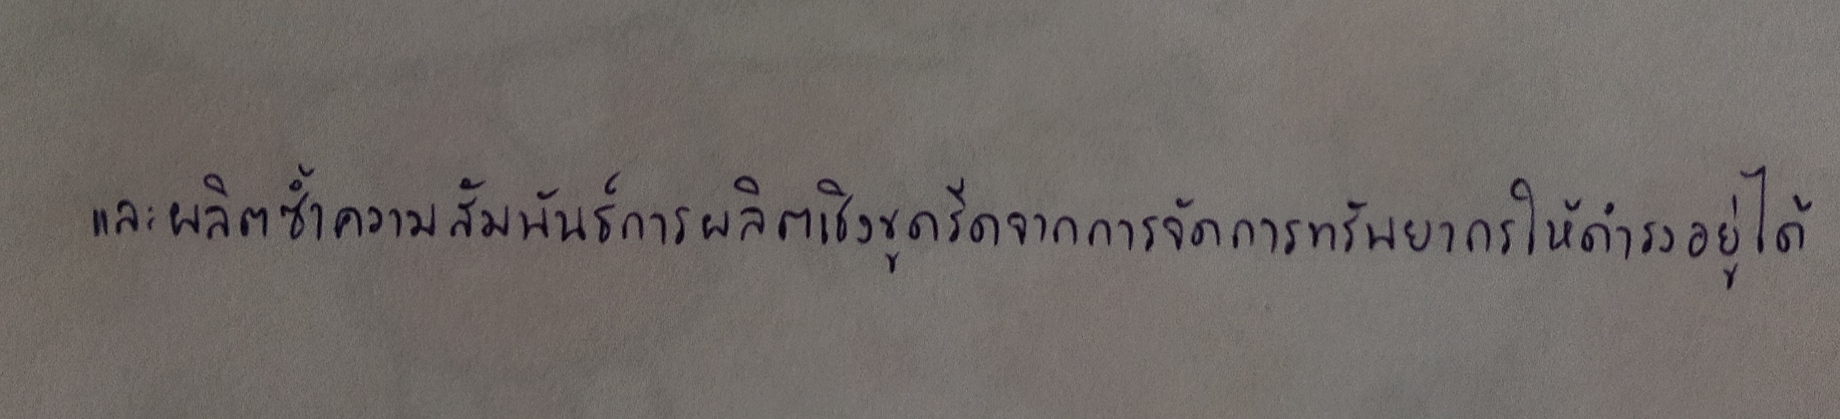
และผลิตซ้ำความสัมพันธ์การผลิตเชิงขูดรีดจากการจัดการทรัพยากรให้ดำรงอยู่ได้